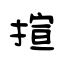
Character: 揎